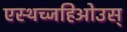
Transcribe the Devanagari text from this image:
एस्थच्जहिओउस्